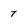
Character: 7